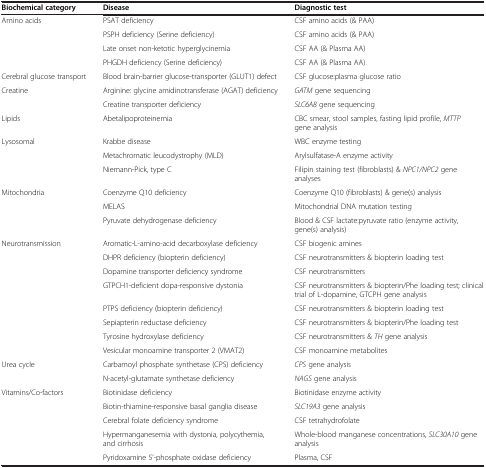
| Biochemical category | Disease | Diagnostic test |
 | --- | --- | --- |
 | Amino acids | PSAT deficiency | CSF amino acids (& PAA) |
 |  | PSPH deficiency (Serine deficiency) | CSF amino acids (& PAA) |
 |  | Late onset non-ketotic hyperglycinemia | CSF AA (& Plasma AA) |
 |  | PHGDH deficiency (Serine deficiency) | CSF AA (& Plasma AA) |
 | Cerebral glucose transport | Blood brain-barrier glucose-transporter (GLUT1) defect | CSF glucose:plasma glucose ratio |
 | Creatine | Arginine: glycine amidinotransferase (AGAT) deficiency | GATM gene sequencing |
 |  | Creatine transporter deficiency | SLC6A8 gene sequencing |
 | Lipids | Abetalipoproteinemia | CBC smear, stool samples, fasting lipid profile, MTTP gene analysis |
 | Lysosomal | Krabbe disease | WBC enzyme testing |
 |  | Metachromatic leucodystrophy (MLD) | Arylsulfatase-A enzyme activity |
 |  | Niemann-Pick, type C | Filipin staining test (fibroblasts) & NPC1/NPC2 gene analyses |
 | Mitochondria | Coenzyme Q10 deficiency | Coenzyme Q10 (fibroblasts) & gene(s) analysis |
 |  | MELAS | Mitochondrial DNA mutation testing |
 |  | Pyruvate dehydrogenase deficiency | Blood & CSF lactate:pyruvate ratio (enzyme activity, gene(s) analysis) |
 | Neurotransmission | Aromatic-L-amino-acid decarboxylase deficiency | CSF biogenic amines |
 |  | DHPR deficiency (biopterin deficiency) | CSF neurotransmitters & biopterin loading test |
 |  | Dopamine transporter deficiency syndrome | CSF neurotransmitters |
 |  | GTPCH1-deficient dopa-responsive dystonia | CSF neurotransmitters & biopterin/Phe loading test; clinical trial of L-dopamine, GTCPH gene analysis |
 |  | PTPS deficiency (biopterin deficiency) | CSF neurotransmitters & biopterin loading test |
 |  | Sepiapterin reductase deficiency | CSF neurotransmitters & biopterin/Phe loading test |
 |  | Tyrosine hydroxylase deficiency | CSF neurotransmitters & TH gene analysis |
 |  | Vesicular monoamine transporter 2 (VMAT2) | CSF monoamine metabolites |
 | Urea cycle | Carbamoyl phosphate synthetase (CPS) deficiency | CPS gene analysis |
 |  | N-acetyl-glutamate synthetase deficiency | NAGS gene analysis |
 | Vitamins/Co-factors | Biotinidase deficiency | Biotinidase enzyme activity |
 |  | Biotin-thiamine-responsive basal ganglia disease | SLC19A3 gene analysis |
 |  | Cerebral folate deficiency syndrome | CSF tetrahydrofolate |
 |  | Hypermanganesemia with dystonia, polycythemia, and cirrhosis | Whole-blood manganese concentrations, SLC30A10 gene analysis |
 |  | Pyridoxamine 5’-phosphate oxidase deficiency | Plasma, CSF |